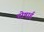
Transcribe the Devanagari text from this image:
दोषार्ह